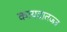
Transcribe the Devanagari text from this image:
कायदातज्ज्ञ